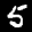
Label: 5